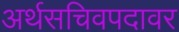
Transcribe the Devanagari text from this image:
अर्थसचिवपदावर